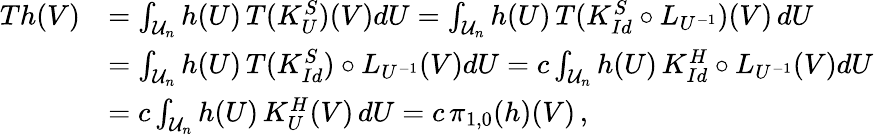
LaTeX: \begin{array}{rl}{Th(V)}&{=\int_{\mathcal U_{n}}h(U)\, T(K_{U}^{S})(V)dU=\int_{\mathcal U_{n}}h(U)\, T(K_{Id}^{S}\circ L_{U^{-1}})(V)\, dU}\\ &{=\int_{\mathcal U_{n}}h(U)\, T(K_{Id}^{S})\circ L_{U^{-1}}(V)dU=c\int_{\mathcal U_{n}}h(U)\, K_{Id}^{H}\circ L_{U^{-1}}(V)dU}\\ &{=c\int_{\mathcal U_{n}}h(U)\, {K_{U}^{H}(V)}\, dU=c\, \pi_{1,0}(h)(V)\, ,}\end{array}